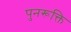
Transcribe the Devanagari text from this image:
पुनरूक्ति